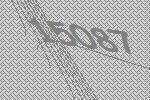
15087